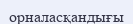
орналасқандығы